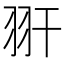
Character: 𦏹